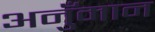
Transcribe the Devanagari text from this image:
अनुँमान